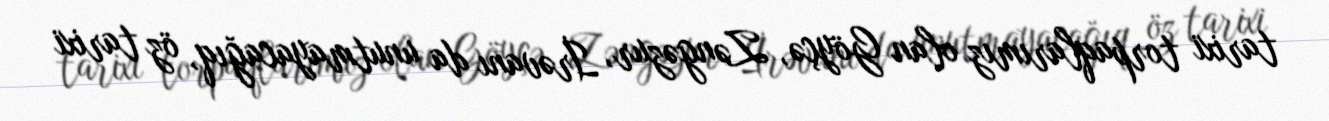
tarixi torpaqlarımız olan Göyçə, Zəngəzur, İrəvanı da unutmayacağıq, öz tarixi